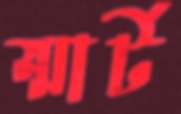
ম্মার্ট